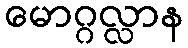
မောဂ္ဂလ္လာန